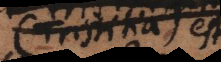
(Tristitia) est